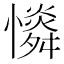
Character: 𢣶